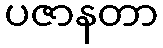
ပဇာနတာ